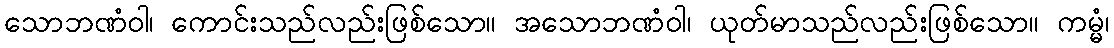
သောဘဏံဝါ၊ ကောင်းသည်လည်းဖြစ်သော။ အသောဘဏံဝါ၊ ယုတ်မာသည်လည်းဖြစ်သော။ ကမ္မံ၊